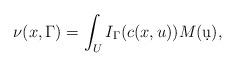
LaTeX: \begin{align*} \nu(x, \Gamma) = \int_U I_{\Gamma}( c (x, u)) M(\d u), \end{align*}